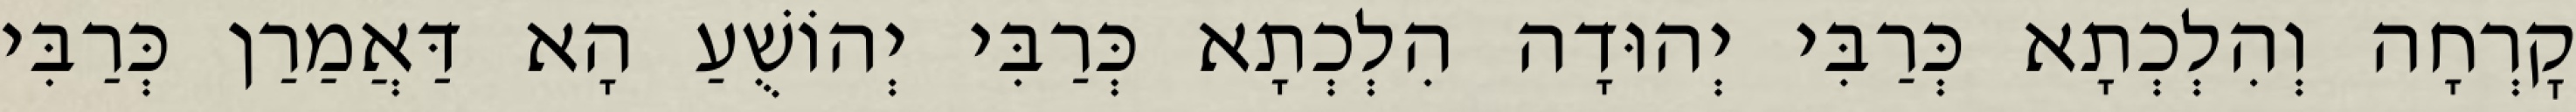
קׇרְחָה וְהִלְכְתָא כְּרַבִּי יְהוּדָה הִלְכְתָא כְּרַבִּי יְהוֹשֻׁעַ הָא דַּאֲמַרַן כְּרַבִּי